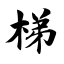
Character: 梯